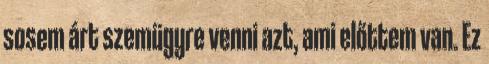
sosem árt szemügyre venni azt, ami előttem van. Ez